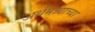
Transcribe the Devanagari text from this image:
अर्थमंत्र्याच्या